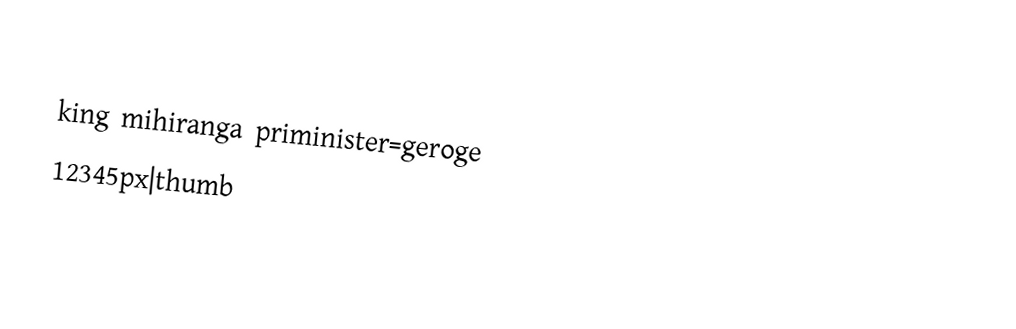

king mihiranga               priminister=geroge
12345px|thumb